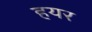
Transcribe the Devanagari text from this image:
हयर